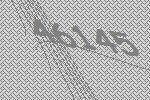
46145